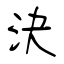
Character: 決